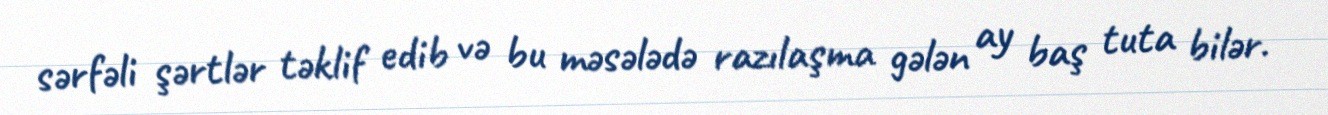
sərfəli şərtlər təklif edib və bu məsələdə razılaşma gələn ay baş tuta bilər.